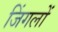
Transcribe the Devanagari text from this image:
जिंगलों